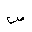
Letter: _sad